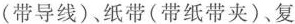
(带导线)纸带(带纸带夹)、复